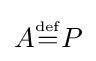
A{\overset {\underset {\mathrm {def} }{}}{=}}P